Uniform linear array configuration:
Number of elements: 32
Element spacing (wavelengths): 0.25
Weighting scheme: blackman
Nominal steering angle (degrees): -15
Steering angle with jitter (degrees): -13.049
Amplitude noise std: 0.05
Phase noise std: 0.05

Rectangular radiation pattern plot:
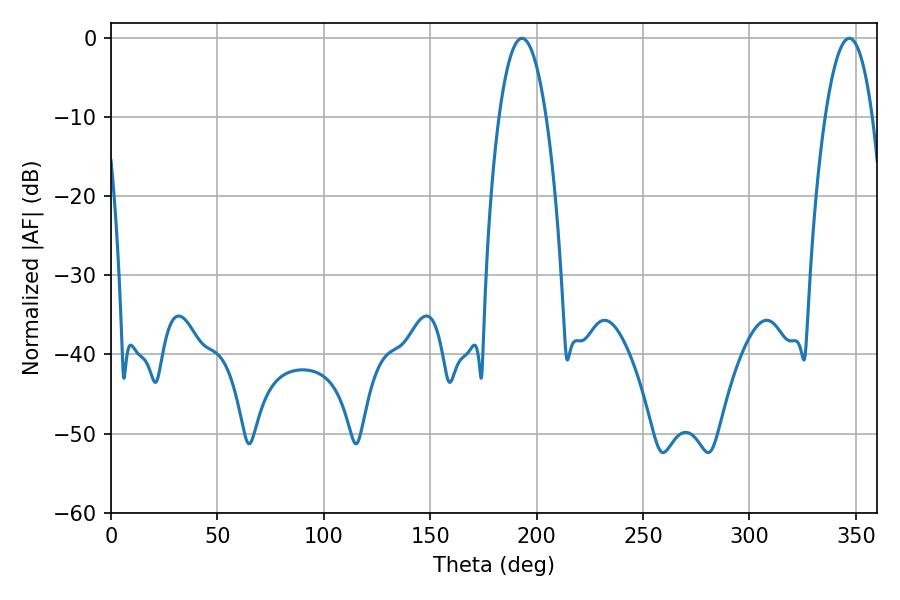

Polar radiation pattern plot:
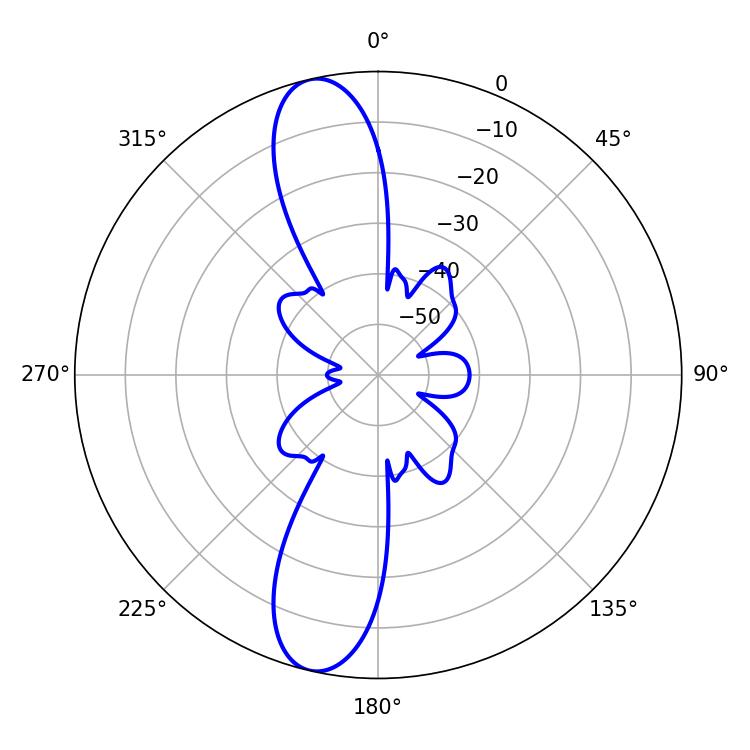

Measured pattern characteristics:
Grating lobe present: FALSE
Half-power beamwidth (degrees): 12.24
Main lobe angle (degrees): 193.14